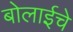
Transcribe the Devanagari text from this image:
बोलाईचे